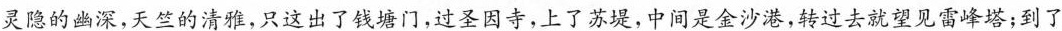
灵隐的幽深，天竺的清雅，只这出了钱塘门，过圣因寺，上了苏堤，中间是金沙港，转过去就望见雷峰塔；到了